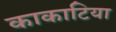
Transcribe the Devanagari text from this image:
काकाटिया